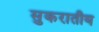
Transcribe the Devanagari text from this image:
सुकरातीय